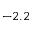
- 2 . 2